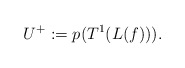
\begin{align*}&U^+:=p(T^1(L(f))).\end{align*}